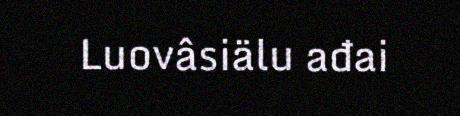
Luovâsiälu ađai